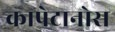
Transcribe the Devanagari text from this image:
कापेटानोस